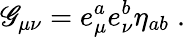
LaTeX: \mathscr{G}_{\mu\nu}=e_{\mu}^{a}e_{\nu}^{b}\eta_{ab}\; .